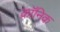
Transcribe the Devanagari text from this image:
क्राॅनिक